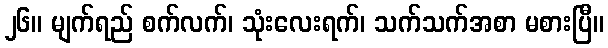
၂၆။ မျက်ရည် စက်လက်၊ သုံးလေးရက်၊ သက်သက်အစာ မစားပြီ။